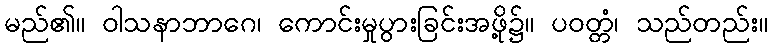
မည်၏။ ဝါသနာဘာဂေ၊ ကောင်းမှုပွားခြင်းအဖို့၌။ ပဝတ္တံ၊ သည်တည်း။